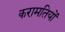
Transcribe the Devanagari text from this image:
करामतियों